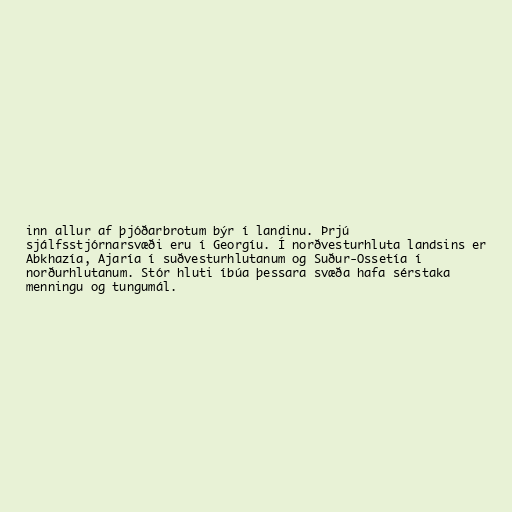
inn allur af þjóðarbrotum býr í landinu. Þrjú
sjálfsstjórnarsvæði eru í Georgíu. Í norðvesturhluta landsins er
Abkhazía, Ajaría í suðvesturhlutanum og Suður-Ossetía í
norðurhlutanum. Stór hluti íbúa þessara svæða hafa sérstaka
menningu og tungumál.